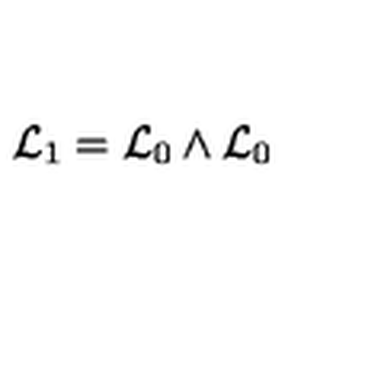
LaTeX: { \cal L } _ { 1 } = { \cal L } _ { 0 } \wedge { \cal L } _ { 0 }